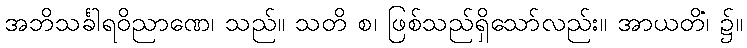
အဘိသင်္ခါရဝိညာဏေ၊ သည်။ သတိ စ၊ ဖြစ်သည်ရှိသော်လည်း။ အာယတိံ၊ ၌။